Annual administration report of the Civil Veterinary Department, Ajmere-Merwara, British Rajputana - 1914-1940
Year: 1914
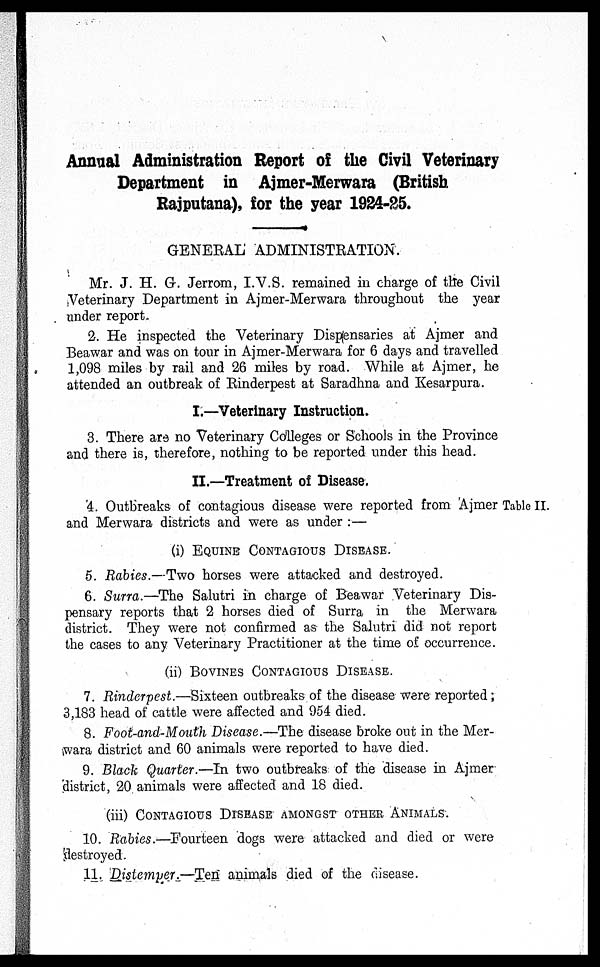
Annual Administration Report of the Civil Veterinary
Department in Ajmer-Merwara (British
Rajputana), for the year 1924-25.
GENERAL ADMINISTRATION.
Mr. J. H. G. Jerrom, I.V.S. remained in charge of the Civil
Veterinary Department in Ajmer-Merwara throughout the year
under report.
2. He inspected the Veterinary Dispensaries at Ajmer and
Beawar and was on tour in Ajmer-Merwara for 6 days and travelled
1,098 miles by rail and 26 miles by road. While at Ajmer, he
attended an outbreak of Rinderpest at Saradhna and Kesarpura.
I.—Veterinary Instruction.
3. There are no Veterinary Colleges or Schools in the Province
and there is, therefore, nothing to be reported under this head.
II.—Treatment of Disease.
4. Outbreaks of contagious disease were reported from Ajmer Table II.
and Merwara districts and were as under :—
(i) EQUINE CONTAGIOUS DISEASE.
5. Rabies.—Two horses were attacked and destroyed.
6. Surra.—The Salutri in charge of Beawar Veterinary Dis-
pensary reports that 2 horses died of Surra in the Merwara
district. They were not confirmed as the Salutri did not report
the cases to any Veterinary Practitioner at the time of occurrence.
(ii) BOVINES CONTAGIOUS DISEASE.
7. Rinderpest.—Sixteen outbreaks of the disease were reported;
3,183 head of cattle were affected and 954 died.
8. Foot-and-Mouth Disease.—The disease broke out in the Mer-
wara district and 60 animals were reported to have died.
9. Black Quarter.—In two outbreaks of the disease in Ajmer
district, 20 animals were affected and 18 died.
(iii) CONTAGIOUS DISEASE AMONGST OTHER ANIMALS.
10. Rabies.—Fourteen dogs were attacked and died or were
destroyed
11. Distemper.—Ten animals died of the disease.